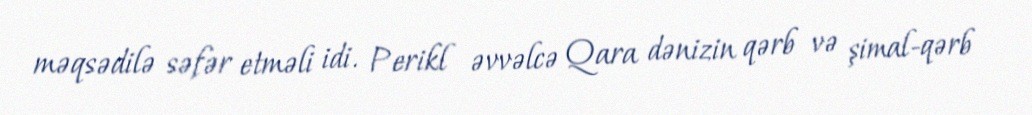
məqsədilə səfər etməli idi. Perikl əvvəlcə Qara dənizin qərb və şimal-qərb